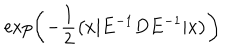
\exp \left( { - \frac { 1 } { 2 } \left( x | E ^ { - 1 } D E ^ { - 1 } | x \right) } \right) \,